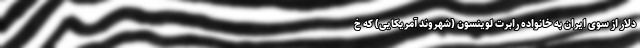
دلار از سوی ایران به خانواده رابرت لوینسون (شهروند آمریکایی) که خ